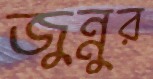
জুন্নুর